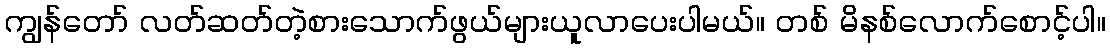
ကျွန်တော် လတ်ဆတ်တဲ့စားသောက်ဖွယ်များယူလာပေးပါမယ်။ တစ် မိနစ်လောက်စောင့်ပါ။